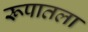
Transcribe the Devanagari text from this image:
रूपातला